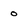
Character: 0